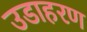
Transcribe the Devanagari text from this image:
उडाहरण